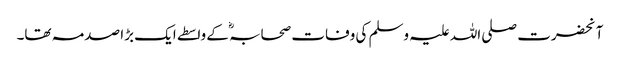
آنحضرت صلی اللہ علیہ وسلم کی وفات صحابہؓ کے واسطے ایک بڑا صدمہ تھا۔